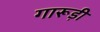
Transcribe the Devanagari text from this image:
गारूड़ी